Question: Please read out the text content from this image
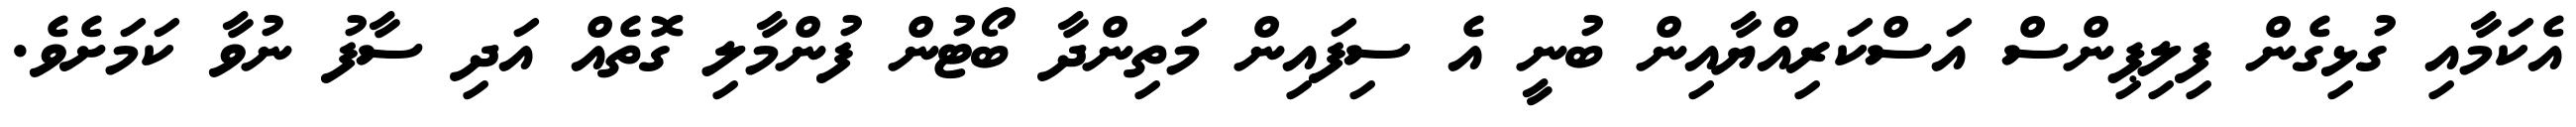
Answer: އެކަމާއި ގުޅިގެން ފިލިޕިންސް އަސްކަރިއްޔާއިން ބުނީ އެ ސިފައިން މަތިންދާ ބޯޓުން ފުންމާލި ގޮތެއް އަދި ސާފު ނުވާ ކަމަށެވެ.